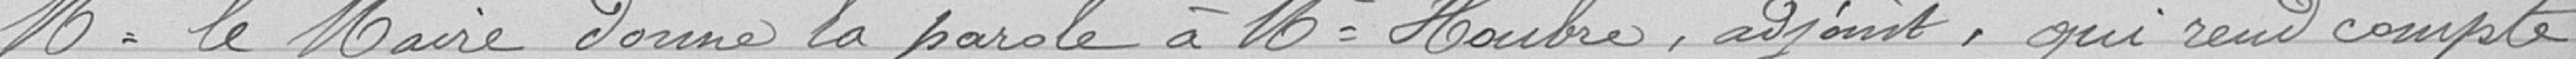
Mr le Maire donne la parole à Mr Houbre, adjoint, qui rend compte